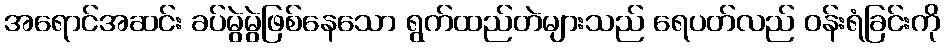
အရောင်အဆင်း ခပ်မွဲမွဲဖြစ်နေသော ရွက်ထည်တဲများသည် ရေပတ်လည် ဝန်းရံခြင်းကို